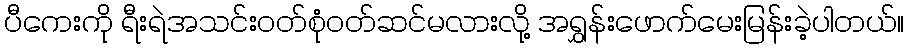
ပီကေးကို ရီးရဲအသင်းဝတ်စုံဝတ်ဆင်မလားလို့ အရွှန်းဖောက်မေးမြန်းခဲ့ပါတယ်။